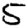
Digit: 5